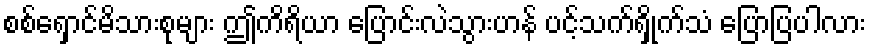
စစ်ရှောင်မိသားစုများ ဤကိရိယာ ပြောင်းလဲသွားဟန် ပင့်သက်ရှိုက်သံ ပြောပြပါလား